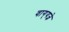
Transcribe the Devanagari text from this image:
वाग्‌यज्ञे